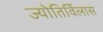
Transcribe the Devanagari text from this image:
ज्योतिर्विलास